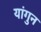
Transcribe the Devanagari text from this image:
यांगुन